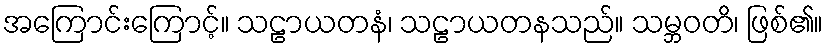
အကြောင်းကြောင့်။ သဠာယတနံ၊ သဠာယတနသည်။ သမ္ဘဝတိ၊ ဖြစ်၏။